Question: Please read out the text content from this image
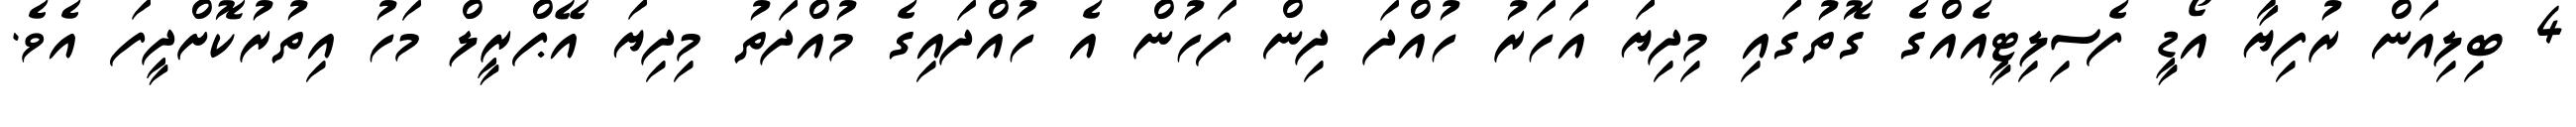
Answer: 4 ބިލިއަން ރުފިޔާ އޯޑީ ފެސިލިޓީއެއްގެ ގޮތުގައި މިދިޔަ އަހަރު ހުއްދަ ދިން ފަހުން އެ ހުއްދައިގެ މުއްދަތު މިދިޔަ އޭޕްރީލް މަހު އިތުރުކޮށްދީފަ އެވެ.